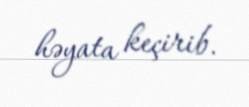
həyata keçirib.